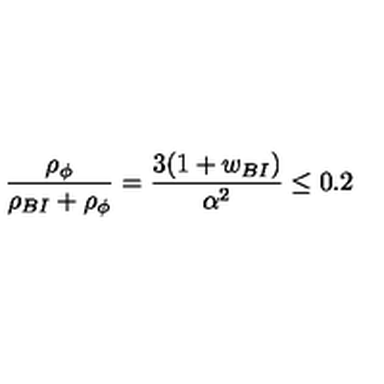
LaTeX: { \frac { \rho _ { \phi } } { \rho _ { B I } + \rho _ { \phi } } } = { \frac { 3 ( 1 + w _ { B I } ) } { \alpha ^ { 2 } } } \le 0 . 2